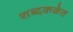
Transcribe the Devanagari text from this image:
शब्दकळेत